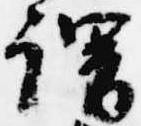
謂